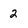
Character: 2